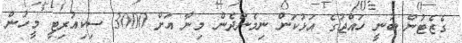
ގެޒެޓުން ބުނީ ހައްޖުގެ އަޅުކަން ނިމެންދެން މިނާ އަށް 3000 ސިކިއުރިޓީ މީހުން